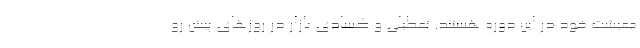
معیشت خود در این دوره هستند. تعطیلی و کسادی بازار در روزهای پیش رو